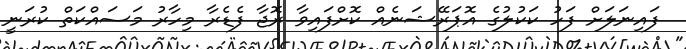
ފައިނަލަށް ފަހު ކަކުލުގެ އޮޕަރޭޝަނެއް ކޮށްފައިވާ ރޮޖާ ފެޑެރާ މިހާރު މަސައްކަތް ކުރަނީ